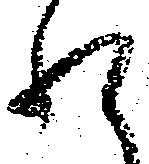
れ